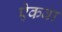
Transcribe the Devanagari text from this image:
ऐकवा